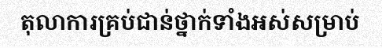
តុលាការគ្រប់ជាន់ថ្នាក់ទាំងអស់សម្រាប់